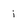
Character: i